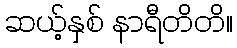
ဆယ့်နှစ် နာရီတိတိ။